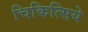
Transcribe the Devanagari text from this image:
चिकित्सिये